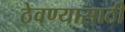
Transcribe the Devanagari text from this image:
ठेवण्‍यासाठी